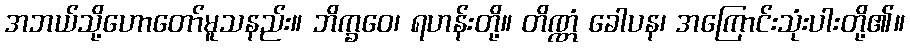
အဘယ်သို့ဟောတော်မူသနည်း။ ဘိက္ခဝေ၊ ရဟန်းတို့။ တိဏ္ဏံ ခေါပန၊ အကြောင်းသုံးပါးတို့၏။